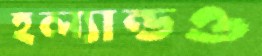
হল্যান্ডও